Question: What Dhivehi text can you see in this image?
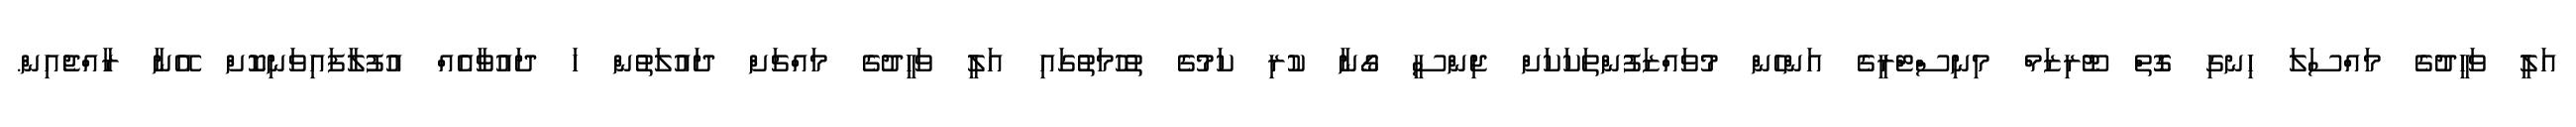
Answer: އަލީ ވަހީދުގެ މައްސަލަ ހިނގި ގޮތް ޓޫރިޒަމް މިނިސްޓްރީގެ އަންހެން މުވައްޒަފުންތަކަކަށް ޖިންސީ ގޯނާ ކުރި ކަމުގެ ތުހުމަތުގައި އަލީ ވަހީދުގެ މައްޗަށް ދައުލަތުން ހަ ދައުވާއެއް އުފުލާފައިވަނިކޮށް އޭނާ ރާއްޖެއިން.